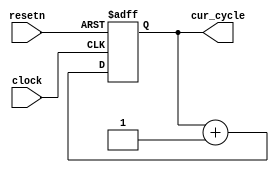
module graying_sys_cycle_time
	(
		input 		clock,
		input 		resetn,
		output [31:0] 		cur_cycle
	);
 reg [31:0] cur_count_NO_SHIFT_REG;
assign cur_cycle = cur_count_NO_SHIFT_REG;
always @(posedge clock or negedge resetn)
begin
	if (~(resetn))
	begin
		cur_count_NO_SHIFT_REG <= 32'h0;
	end
	else
	begin
		cur_count_NO_SHIFT_REG <= (cur_count_NO_SHIFT_REG + 32'h1);
	end
end
endmodule